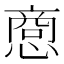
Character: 𪬥